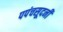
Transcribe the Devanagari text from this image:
पपंचसूदनी